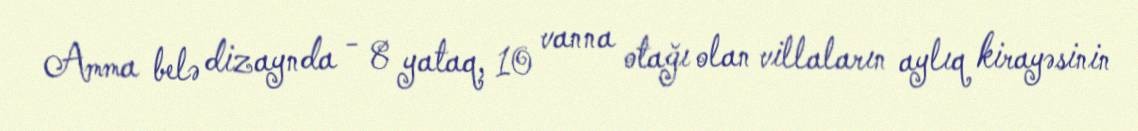
Amma belə dizaynda - 8 yataq, 10 vanna otağı olan villaların aylıq kirayəsinin